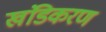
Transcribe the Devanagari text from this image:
खंडिकरण